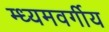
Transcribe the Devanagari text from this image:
म्ध्यमवर्गीय